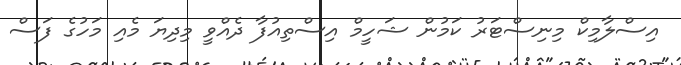
އިސްލާމިކް މިނިސްޓަރު ކަމުން ޝަހީމް އިސްތިއުފާ ދެއްވީ މިދިޔަ މެއި މަހުގެ ފަސް